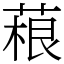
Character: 𦶠